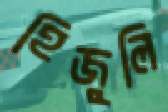
হিজুলি